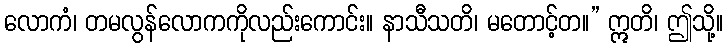
လောကံ၊ တမလွန်လောကကိုလည်းကောင်း။ နာသီသတိ၊ မတောင့်တ။” ဣတိ၊ ဤသို့။